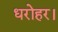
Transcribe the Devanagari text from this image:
धरोहर।